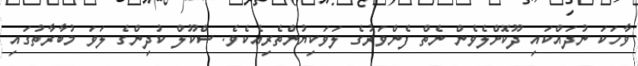
ވާހަކަ ނުދައްކައި ދޫކޮށްލެވެން ނެތް ފެންވަރުގެ ލަވަކިޔުންތެރިއެކެވެ. ސްކޫލް ކުދިންގެ ލަވަ މުބާރާތުގައި